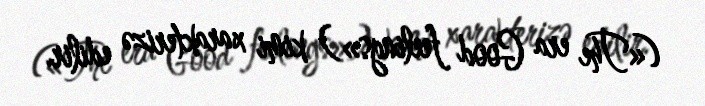
(«The era Good feelings») kimi xarakterizə edilir.